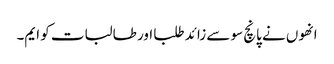
انھوں نے پانچ سو سے زائد طلبا اور طالبات کو ایم۔